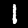
Digit: 1